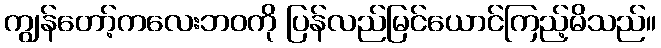
ကျွန်တော့်ကလေးဘဝကို ပြန်လည်မြင်ယောင်ကြည့်မိသည်။